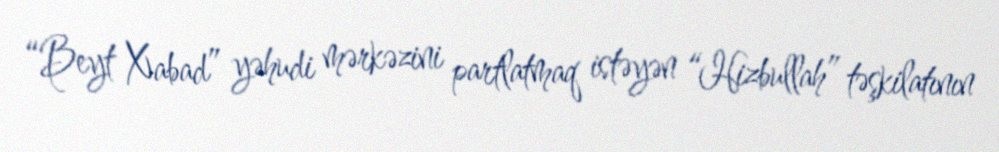
“Beyt Xabad” yəhudi mərkəzini partlatmaq istəyən “Hizbullah” təşkilatının